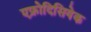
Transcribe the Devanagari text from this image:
एफ्रोदिसियेक